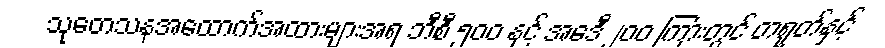
သုတေသနအထောက်အထားများအရ ဘီစီ ၅၀၀ နှင့် အေဒီ ၂၀၀ ကြားတွင် တရုတ်နှင့်